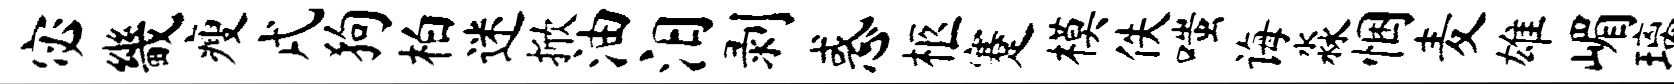
宓畿瘦戌狗柏迷掀油汨剥惑柩蹇模佚嗤诲淼悃麦雄嵋璃